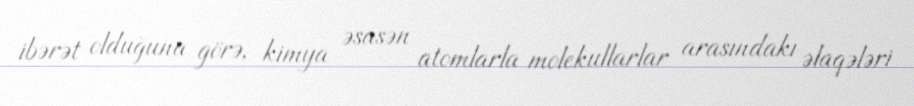
ibərət olduğuna görə, kimya əsasən atomlarla molekullarlar arasındakı əlaqələri